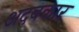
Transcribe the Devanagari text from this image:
अदबकार